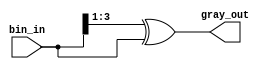
module bin2gray
(
bin_in,
gray_out
);

parameter data_width = 4;

input [data_width-1:0] bin_in;
output [data_width-1:0] gray_out;

 
assign gray_out = (bin_in >> 1) ^ bin_in;

endmodule